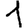
Digit: 1